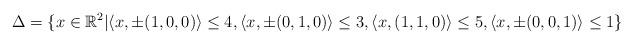
LaTeX: \begin{align*} \Delta =\{x\in\mathbb{R}^2|&\langle x,\pm(1,0,0)\rangle\leq4,\langle x,\pm(0,1,0)\rangle\leq3,\langle x,(1,1,0)\rangle\leq5,\langle x,\pm(0,0,1)\rangle\leq1\}\end{align*}